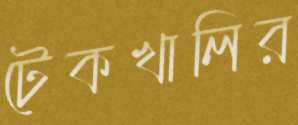
টেকখালির